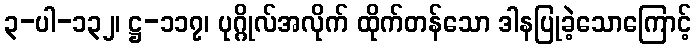
၃-ပါ-၁၃၂၊ ဋ္ဌ-၁၁၇၊ ပုဂ္ဂိုလ်အလိုက် ထိုက်တန်သော ဒါနပြုခဲ့သောကြောင့်